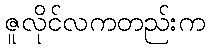
ဇူလိုင်လကတည်းက